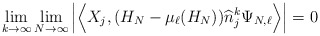
\begin{align*} \lim_{k \to \infty} \lim_{N\to \infty} \left| \Big\langle X_j , (H_N - \mu_\ell(H_N) ) \widehat n_j^k \Psi_{N,\ell} \Big\rangle \right| =0 \end{align*}